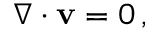
\nabla \cdot \mathbf { v } = 0 \, ,